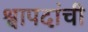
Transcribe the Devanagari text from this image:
श्वापदांची